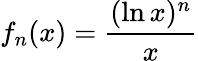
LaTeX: f_{n}(x)={\frac{(\ln x)^{n}}{x}}